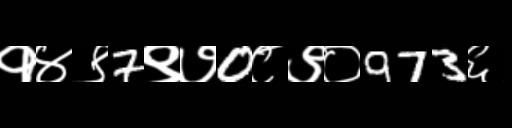
Text: १४९7९७0८९०973६